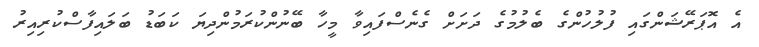
އެ އޮޕަރޭޝަންގައި ފުލުހުންގެ ބެލުމުގެ ދަށަށް ގެނެސްފައިވާ މީހާ ބޭނުންކުރަމުންދިޔަ ކަބަޑު ބަލައިފާސްކުރިއިރު